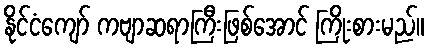
နိုင်ငံကျော် ကဗျာဆရာကြီးဖြစ်အောင် ကြိုးစားမည်။